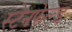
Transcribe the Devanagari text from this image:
स्टेनफेल्ड